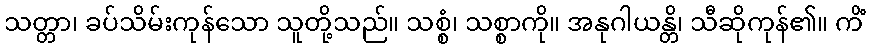
သတ္တာ၊ ခပ်သိမ်းကုန်သော သူတို့သည်။ သစ္စံ၊ သစ္စာကို။ အနုဂါယန္တိ၊ သီဆိုကုန်၏။ ကိံ